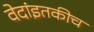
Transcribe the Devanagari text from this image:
वेदांइतकीच